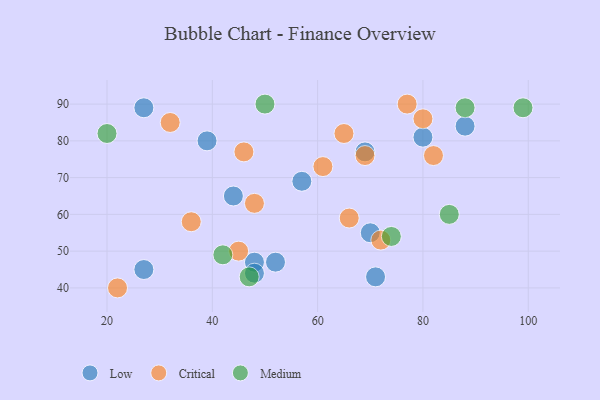
{"axis": {"x": "GDP", "y": "Life Expectancy"}, "legend": ["Critical", "Low", "Medium"], "data": [{"x": "27", "y": 45, "type": "Low"}, {"x": "71", "y": 43, "type": "Low"}, {"x": "88", "y": 84, "type": "Low"}, {"x": "39", "y": 80, "type": "Low"}, {"x": "80", "y": 81, "type": "Low"}, {"x": "27", "y": 89, "type": "Low"}, {"x": "57", "y": 69, "type": "Low"}, {"x": "70", "y": 55, "type": "Low"}, {"x": "52", "y": 47, "type": "Low"}, {"x": "48", "y": 47, "type": "Low"}, {"x": "48", "y": 44, "type": "Low"}, {"x": "69", "y": 77, "type": "Low"}, {"x": "44", "y": 65, "type": "Low"}, {"x": "36", "y": 58, "type": "Critical"}, {"x": "69", "y": 76, "type": "Critical"}, {"x": "65", "y": 82, "type": "Critical"}, {"x": "48", "y": 63, "type": "Critical"}, {"x": "80", "y": 86, "type": "Critical"}, {"x": "32", "y": 85, "type": "Critical"}, {"x": "66", "y": 59, "type": "Critical"}, {"x": "77", "y": 90, "type": "Critical"}, {"x": "61", "y": 73, "type": "Critical"}, {"x": "22", "y": 40, "type": "Critical"}, {"x": "82", "y": 76, "type": "Critical"}, {"x": "72", "y": 53, "type": "Critical"}, {"x": "45", "y": 50, "type": "Critical"}, {"x": "46", "y": 77, "type": "Critical"}, {"x": "47", "y": 43, "type": "Medium"}, {"x": "50", "y": 90, "type": "Medium"}, {"x": "42", "y": 49, "type": "Medium"}, {"x": "20", "y": 82, "type": "Medium"}, {"x": "88", "y": 89, "type": "Medium"}, {"x": "85", "y": 60, "type": "Medium"}, {"x": "74", "y": 54, "type": "Medium"}, {"x": "99", "y": 89, "type": "Medium"}]}